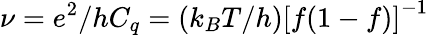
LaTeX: \nu=e^{2}/hC_{q}=\left(k_{B}T/h\right)\left[f(1-f)\right]^{-1}